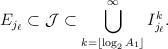
LaTeX: \begin{align*} E_{j_\ell} \subset \mathcal{J} \subset \bigcup_{k = \lfloor\log_2 A_1\rfloor}^{\infty} I_{j_\ell}^{k}.\end{align*}